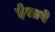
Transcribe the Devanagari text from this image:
ईसाबे